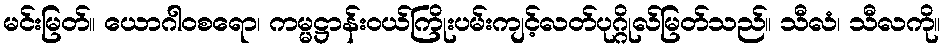
မင်းမြတ်။ ယောဂါဝစရော၊ ကမ္မဋ္ဌာန်းဝယ်ကြိုးပမ်းကျင့်လတ်ပုဂ္ဂိုလ်မြတ်သည်။ သီလံ၊ သီလကို။